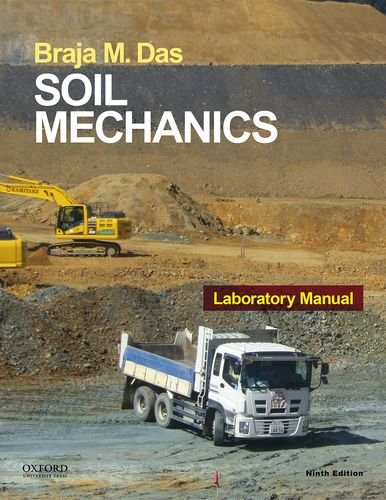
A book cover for Soil Mechanics Laboratory Manual; Braja Das; Science & Math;